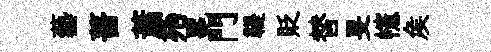
藝薔䔥殆冕門鞮貶替旻幰矦